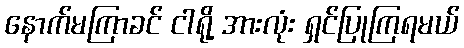
နောက်မကြာခင် ငါရို့ အားလုံး ရှင်ပြုကြရမယ်